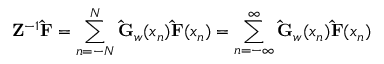
\mathbf { Z } ^ { - 1 } \mathbf { \hat { F } } = \sum _ { n = - N } ^ { N } \mathbf { \hat { G } } _ { w } ( x _ { n } ) \mathbf { \hat { F } } ( x _ { n } ) = \sum _ { n = - \infty } ^ { \infty } \mathbf { \hat { G } } _ { w } ( x _ { n } ) \mathbf { \hat { F } } ( x _ { n } )